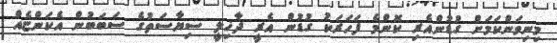
މިނިވަންކަމަށް ގުޑުންއެރި ކޮންމެ ފަހަރަކު ގުޑުން އެރީ ދާޚިލީ ސިޔާސަތުގެ ސަބަބުން އެކަންޏެއް